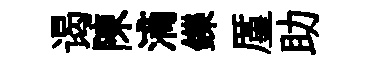
谒陳滴鑠厪助